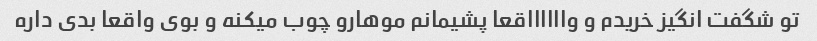
تو شگفت انگیز خریدم و وااااااقعا پشیمانم موهارو چوب میکنه و بوی واقعا بدی داره